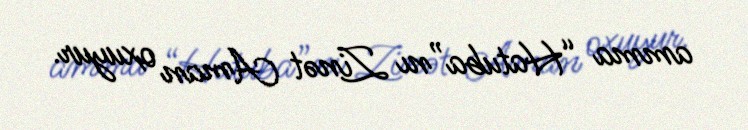
amma “Hatuba”nı Zinət Aman oxuyur.